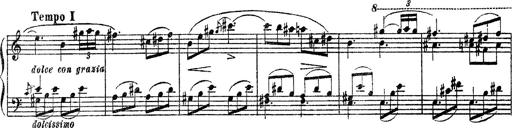
Title: Apparitions
Composer: Franz Liszt